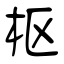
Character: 枢